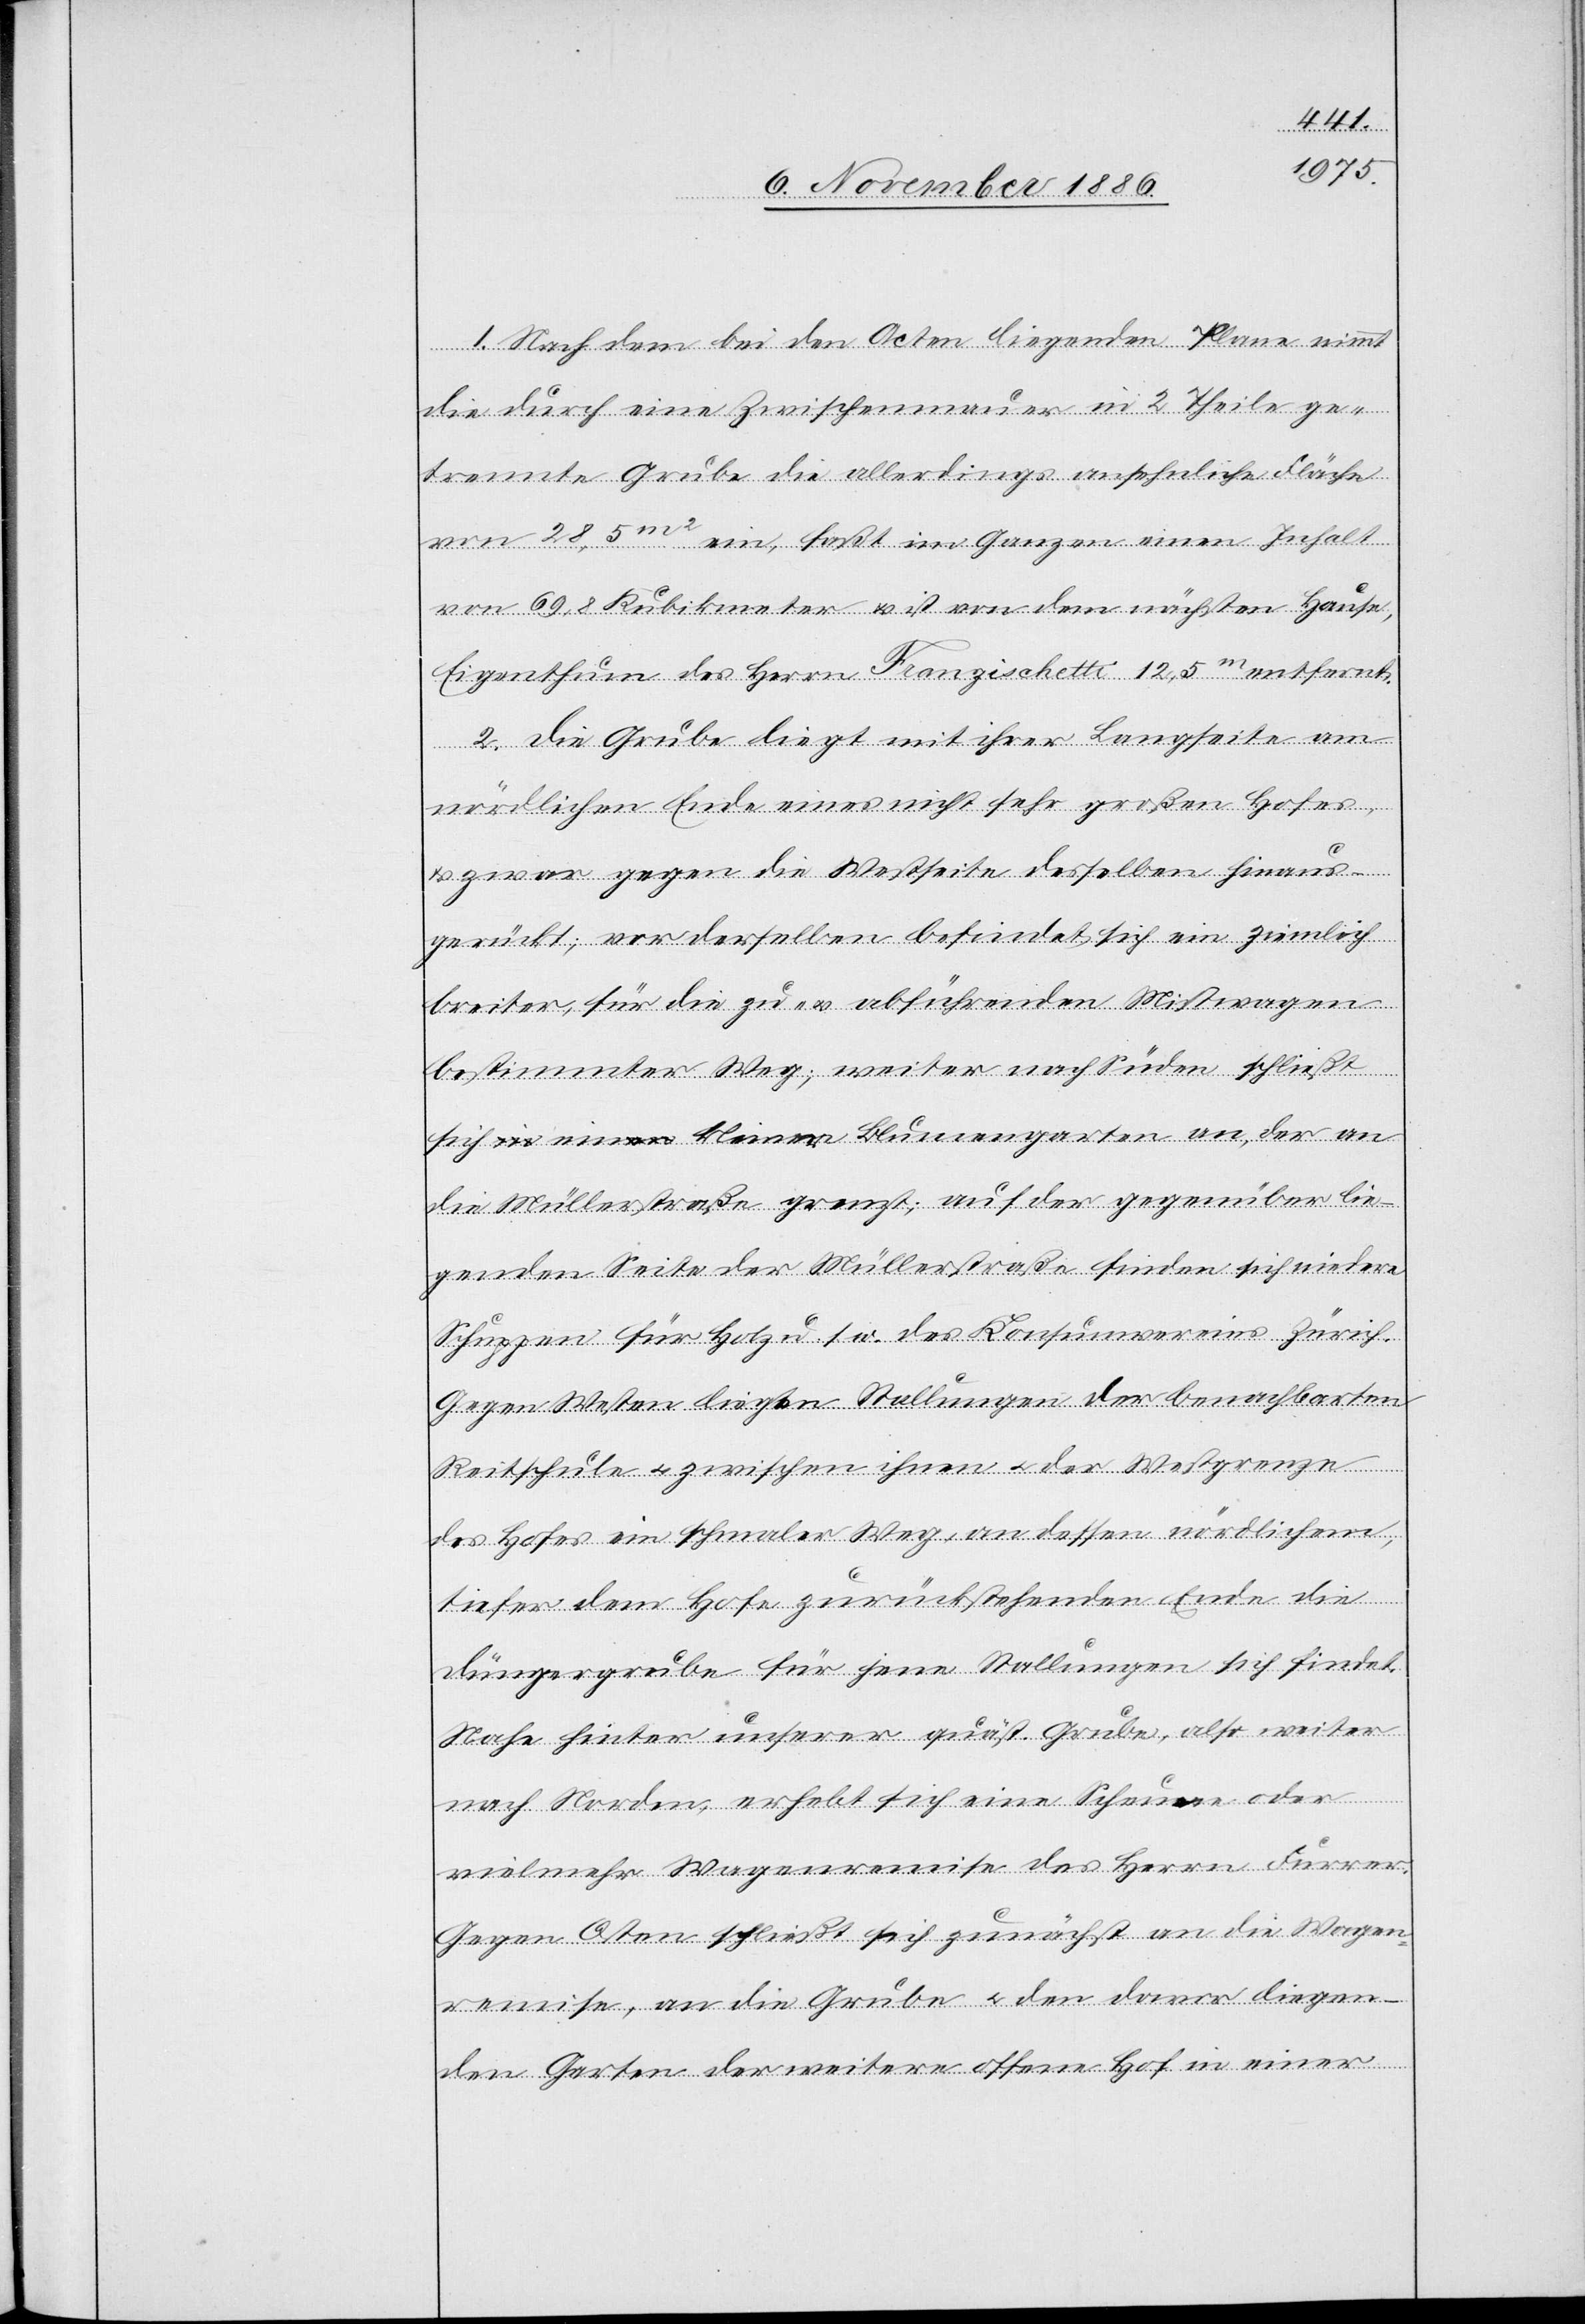
1. Nach dem bei den Acten liegenden Plane nimmt
die durch eine Zwischenmauer in 2 Theile ge¬
trennte Grube die allerdings ansehnliche Fläche
von 28,5m2 ein, faßt im Ganzen einen Inhalt
von 69,8 Kubikmeter & ist von dem nächsten Hause,
Eigenthum des Herrn Franzischetti 12,5m entfernt.
2. Die Grube liegt mit ihrer Langseite am
nördlichen Ende eines nicht sehr großen Hofes,
& zwar gegen die Westseite desselben hinaus¬
gerückt; vor derselben befindet sich ein ziemlich
breiter, für die zu- & abführenden Mistwagen
bestimmter Weg; weiter nach Süden schließt
sich ein kleiner Blumengarten an, der an
die Müllerstraße grenzt; auf der gegenüber lie¬
genden Seite der Müllerstraße finden sich niedere
Schuppen für Holz u. s. w. des Konsumvereins Zürich.
Gegen Westen liegen Stallungen der benachbarten
Reitschule & zwischen ihnen & der Westgrenze
des Hofes ein schmaler Weg, an dessen nördlichem,
tiefer dem Hofe zurückstehenden Ende die
Düngergrube für jene Stallungen sich findet.
Nahe hinter unserer quäst. Grube, also weiter
nach Norden, erhebt sich eine Scheune oder
vielmehr Wagenremise des Herrn Furrer.
Gegen Osten schließt sich zunächst an die Wagen¬
remise, an die Grube & den davor liegen¬
den Garten der weitere offene Hof in einer